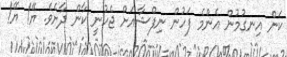
ކަން އިނގުމުން އެންމެ ފަހުން ނިފްޝާއަށް ޖެހުނީ ކާން ދާށެވެ. ޔޭ! ޔޭ!